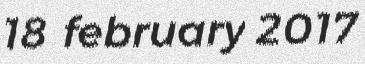
18 february 2017